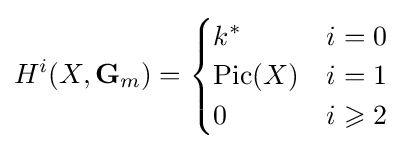
H^{i}(X,\mathbf {G} _{m})={\begin{cases}k^{*}&i=0\\\operatorname {Pic} (X)&i=1\\0&i\geqslant 2\end{cases}}